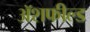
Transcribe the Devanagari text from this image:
ॲशफील्ड